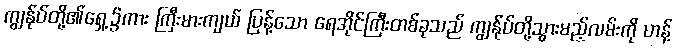
ကျွန်ုပ်တို့၏ရှေ့၌ကား ကြီးမားကျယ် ပြန့်သော ရေအိုင်ကြီးတစ်ခုသည် ကျွန်ုပ်တို့သွားမည့်လမ်းကို ဟန့်